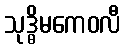
သုဒ္ဓိမကေဝလီ